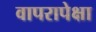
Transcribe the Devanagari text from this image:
वापरापेक्षा